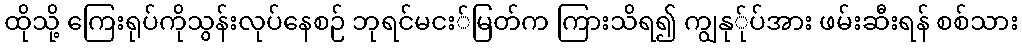
ထိုသို့ ကြေးရုပ်ကိုသွန်းလုပ်နေစဉ် ဘုရင်မငး်မြတ်က ကြားသိရ၍ ကျွနု်ုပ်အား ဖမ်းဆီးရန် စစ်သား